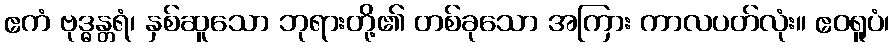
ဧကံ ဗုဒ္ဓန္တရံ၊ နှစ်ဆူသော ဘုရားတို့၏ တစ်ခုသော အကြား ကာလပတ်လုံး။ ဧဝရူပံ၊